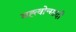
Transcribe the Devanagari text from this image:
मह्त्वोन्मादी